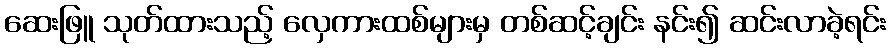
ဆေးဖြူ သုတ်ထားသည့် လှေကားထစ်များမှ တစ်ဆင့်ချင်း နင်း၍ ဆင်းလာခဲ့ရင်း